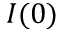
I ( 0 )